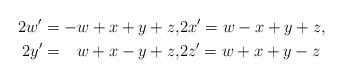
LaTeX: \begin{align*}2w'=-w+x+y+z,&2x'=w-x+y+z,\\2y'=\;\;\,w+x-y+z,&2z'=w+x+y-z\end{align*}